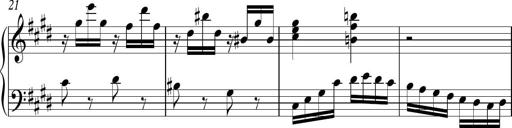
Title: Ten Piano Sonatinas
Composer: Andreas Sain